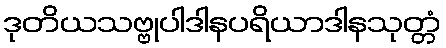
ဒုတိယသဗ္ဗုပါဒါနပရိယာဒါနသုတ္တံ